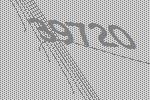
39720